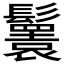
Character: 𩯴